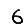
Digit: 6